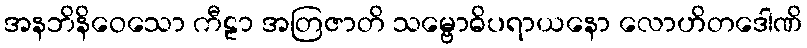
အနဘိနိဝေသော ကီဠာ အတြဇာတိ သမ္ဗောဓိပရာယနော လောဟိတဒေါဏိ